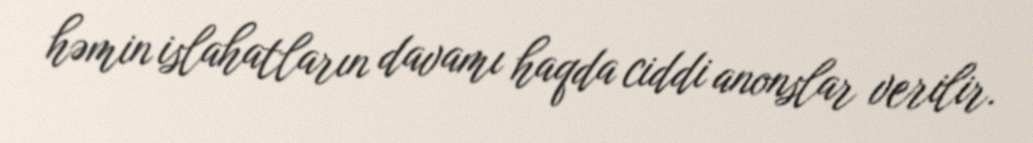
həmin islahatların davamı haqda ciddi anonslar verilir.